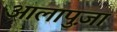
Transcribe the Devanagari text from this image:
आलापुज़ा